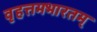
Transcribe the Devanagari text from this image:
वृहत्तमभारतम्